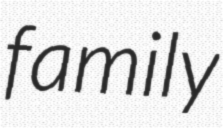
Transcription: family